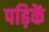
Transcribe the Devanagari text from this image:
पढ़िकें